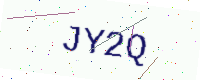
Text: JY2Q